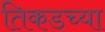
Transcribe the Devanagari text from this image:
तिकडच्या